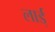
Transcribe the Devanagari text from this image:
लार्ड्‌